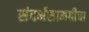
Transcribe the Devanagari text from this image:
संदर्भसामग्रीचा